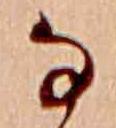
な